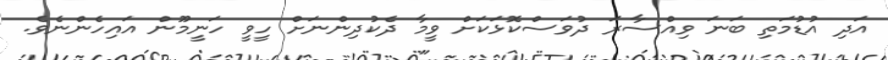
އަދި އުޑުމަތި ބަނަ ވިއްސާރަ ދުވަސްކޮޅަކަށް ވީމާ ދެކުދިންނަށް ހީވީ ހަނީމޫން އައިހެންނެވެ.